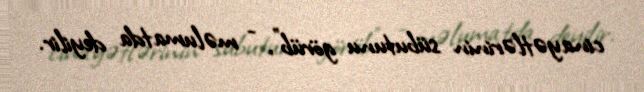
cinayətlərinin sübutunu görüb”, - məlumatda deyilir.